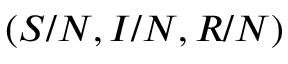
( S / N , I / N , R / N )